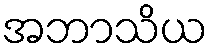
အဘာသိယ